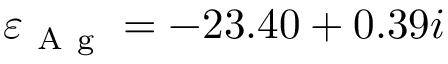
\varepsilon _ { \mathrm { ~ A ~ g ~ } } = - 2 3 . 4 0 + 0 . 3 9 i